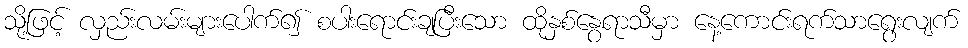
သို့ဖြင့် လှည်းလမ်းများပေါက်၍ စပါးရောင်းချပြီးသော ထိုနှစ်နွေရာသီမှာ နေ့ကောင်းရက်သာရွေးလျက်